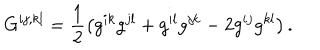
G ^ { i j , k l } = \frac { 1 } { 2 } \left( g ^ { i k } g ^ { j l } + g ^ { i l } g ^ { j k } - 2 g ^ { i j } g ^ { k l } \right) .